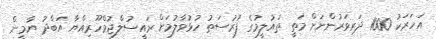
އަހަރަކު 1000 ދަރިވަރުންނަށް މަތީ ތައުލީމުގެ ފުރުސަތު ހުޅުވާލުމަށް ރައީސުލްޖުމްހޫރިއްޔާ އަބްދު ޔާމީން